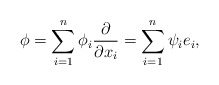
\begin{align*}\phi = \sum_{i=1}^{n} \phi_i\frac{\partial}{\partial x_i} = \sum_{i=1}^{n} \psi_i e_i,\end{align*}